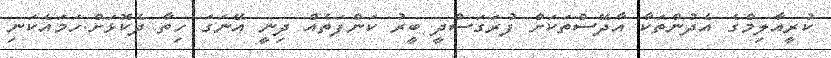
ކުރީއާލިމްގެ އެދުންތަކާ އާދޭސްތަކަށް ފުރަގަސްދީ ބީރު ކަންފަތެއް ދިނީ އޭނަގަ ހިތާ ދެކޮޅަށް.ހަަމައެކަނި